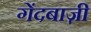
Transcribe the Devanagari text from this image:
गेंदबाज़़ी